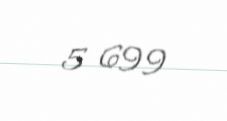
5 699